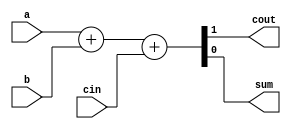
module top_module(
    input a, b, cin,
    output cout, sum );

    always @ (*) begin
        {cout,sum} = a + b + cin;
    end

endmodule